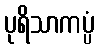
ပုရိသာကပ္ပံ